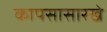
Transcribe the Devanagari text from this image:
कापसासारखे